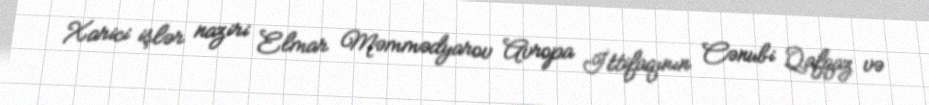
Xarici işlər naziri Elmar Məmmədyarov Avropa İttifaqının Cənubi Qafqaz və